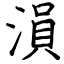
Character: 溳